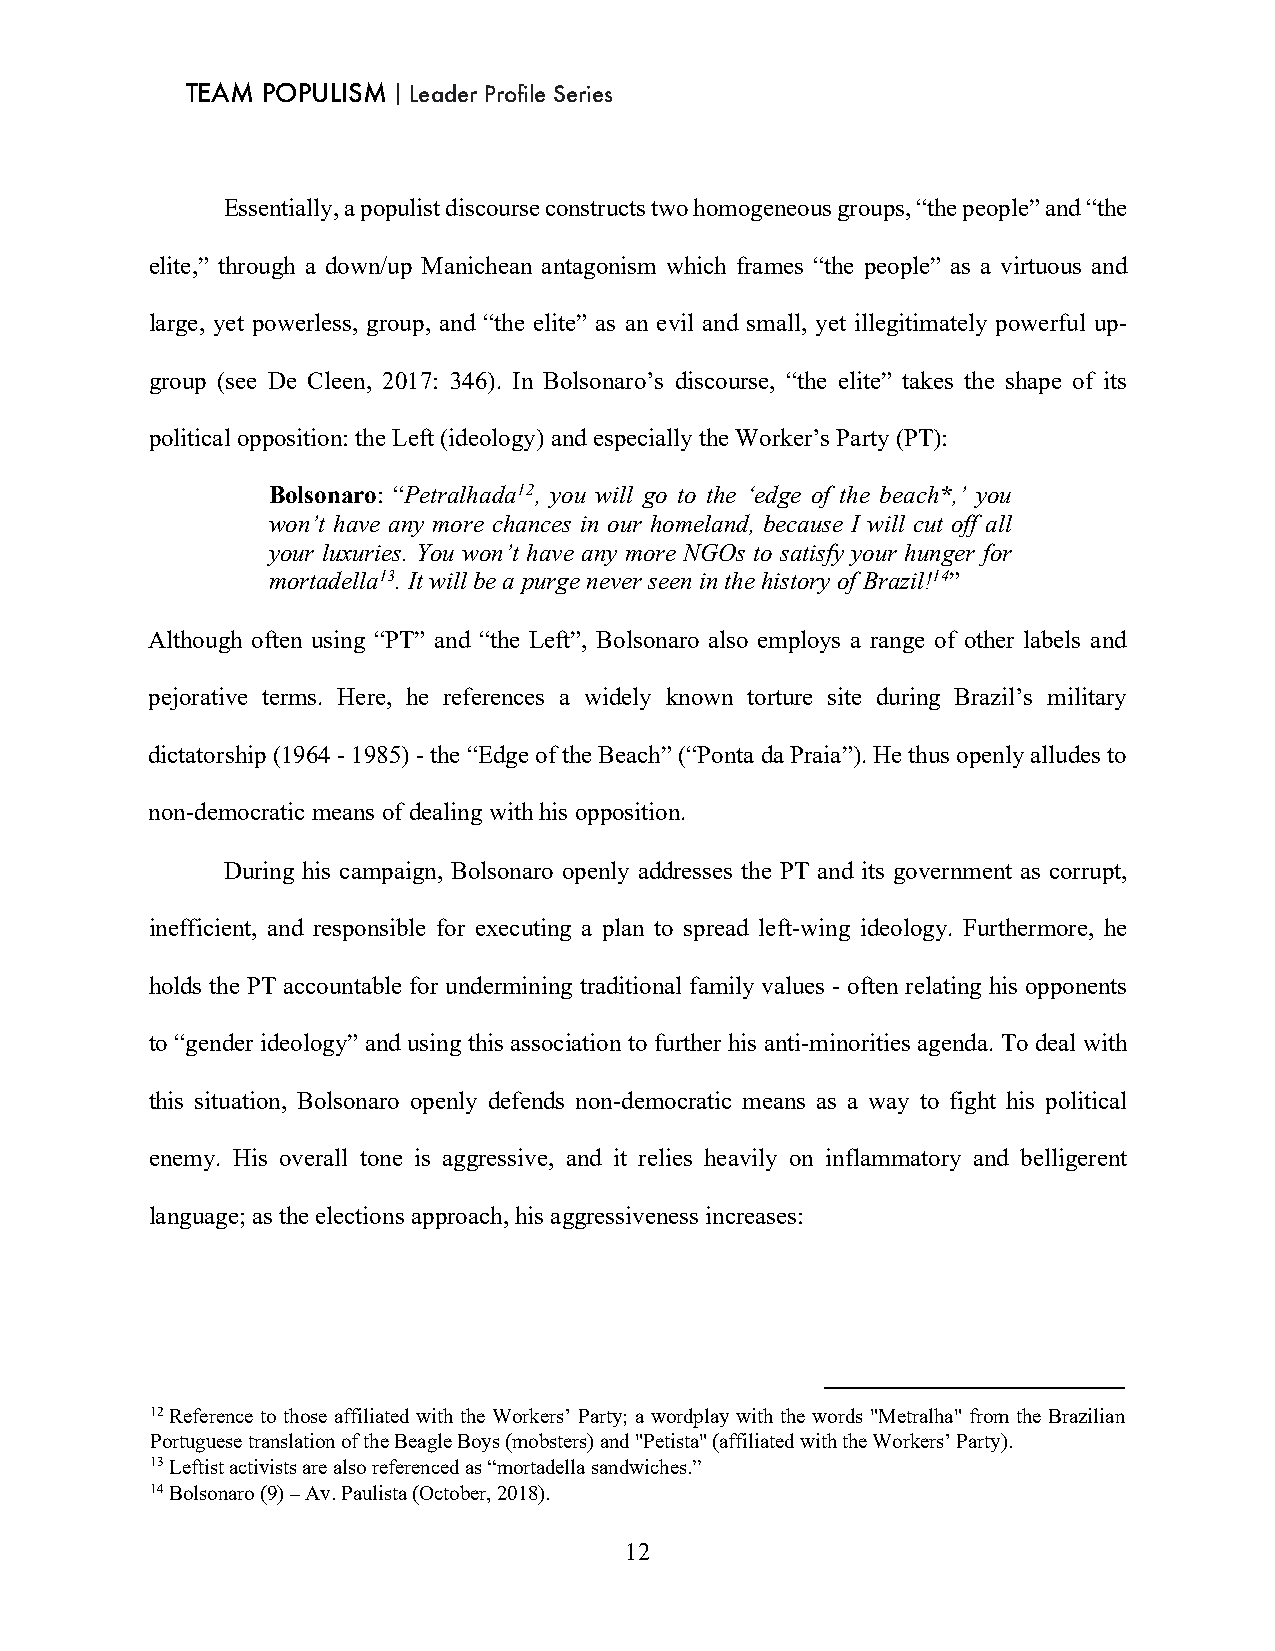
TEAM POPULISM｜Leader Profile Series
 Essentially, a populist discourse constructs two homogeneous groups, “the people” and “the
 elite,” through a down/up Manichean antagonism which frames “the people” as a virtuous and
 large, yet powerless, group, and “the elite” as an evil and small, yet illegitimately powerful up-
 group (see De Cleen, 2017: 346). In Bolsonaro’s discourse, “the elite” takes the shape of its
 political opposition: the Left (ideology) and especially the Worker’s Party (PT):
 Bolsonaro: “Petralhada12, you will go to the ‘edge of the beach*,’ you
 won’t have any more chances in our homeland, because I will cut off all
 your luxuries. You won’t have any more NGOs to satisfy your hunger for
 mortadella13. It will be a purge never seen in the history of Brazil!14”
 Although often using “PT” and “the Left”, Bolsonaro also employs a range of other labels and
 pejorative terms. Here, he references a widely known torture site during Brazil’s military
 dictatorship (1964 - 1985) - the “Edge of the Beach” (“Ponta da Praia”). He thus openly alludes to
 non-democratic means of dealing with his opposition.
 During his campaign, Bolsonaro openly addresses the PT and its government as corrupt,
 inefficient, and responsible for executing a plan to spread left-wing ideology. Furthermore, he
 holds the PT accountable for undermining traditional family values - often relating his opponents
 to “gender ideology” and using this association to further his anti-minorities agenda. To deal with
 this situation, Bolsonaro openly defends non-democratic means as a way to fight his political
 enemy. His overall tone is aggressive, and it relies heavily on inflammatory and belligerent
 language; as the elections approach, his aggressiveness increases:
 12 Reference to those affiliated with the Workers’ Party; a wordplay with the words "Metralha" from the Brazilian
 Portuguese translation of the Beagle Boys (mobsters) and "Petista" (affiliated with the Workers’ Party).
 13 Leftist activists are also referenced as “mortadella sandwiches.”
 14 Bolsonaro (9) – Av. Paulista (October, 2018).
 12